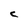
Character: c